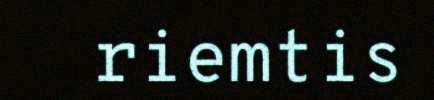
riemtis